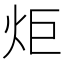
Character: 炬